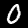
Digit: 0